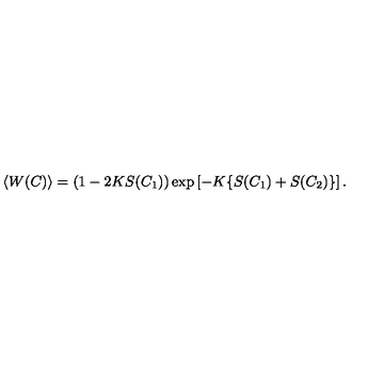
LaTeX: \langle W ( C ) \rangle = ( 1 - 2 K S ( C _ { 1 } ) ) \exp \left[ - K \{ S ( C _ { 1 } ) + S ( C _ { 2 } ) \} \right] .